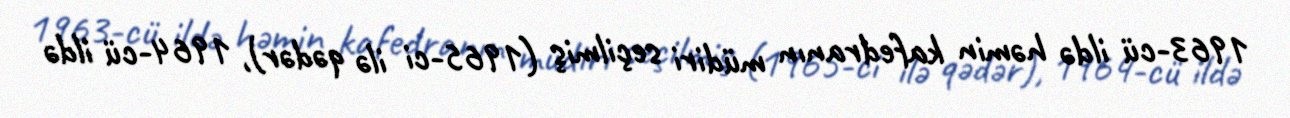
1963-cü ildə həmin kafedranın müdiri seçilmiş (1965-ci ilə qədər), 1964-cü ildə